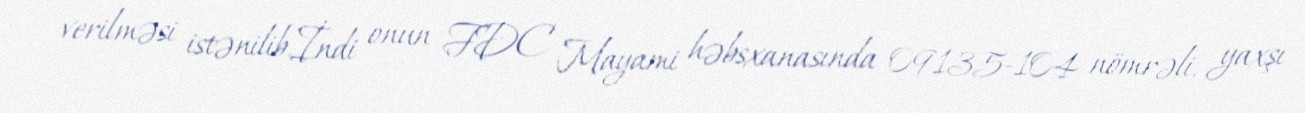
verilməsi istənilib.İndi onun FDC Mayami həbsxanasında 09135-104 nömrəli, yaxşı